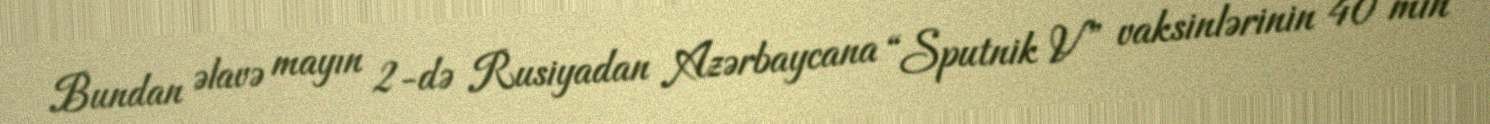
Bundan əlavə mayın 2-də Rusiyadan Azərbaycana “Sputnik V” vaksinlərinin 40 min